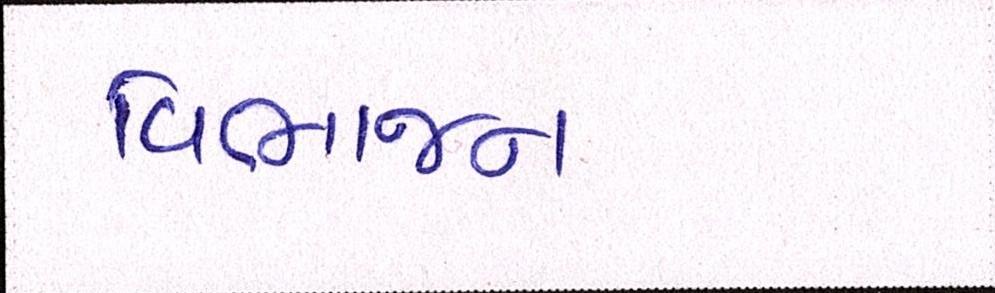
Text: વિભાજન